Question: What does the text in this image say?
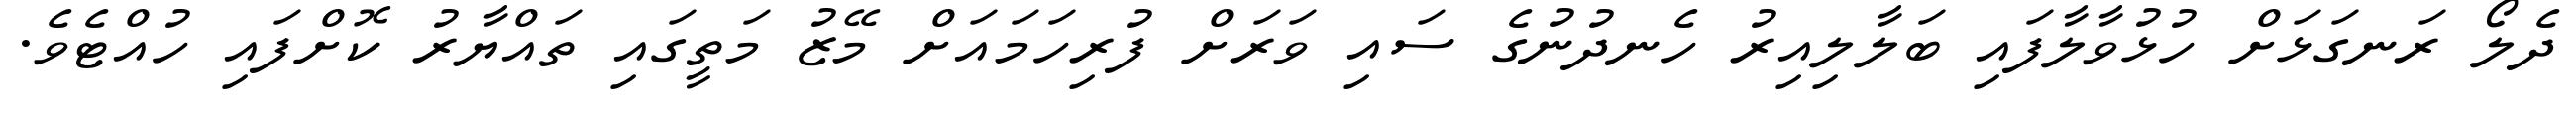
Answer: ދެލޯ ރަނގަޅަށް ހުޅުވާލާފައި ބަލާލިއިރު ހެނދުނުގެ ސައި ވަރަށް ފުރިހަމައަށް މޭޒު މަތީގައި ތައްޔާރު ކޮށްފައި ހުއްޓެވެ.